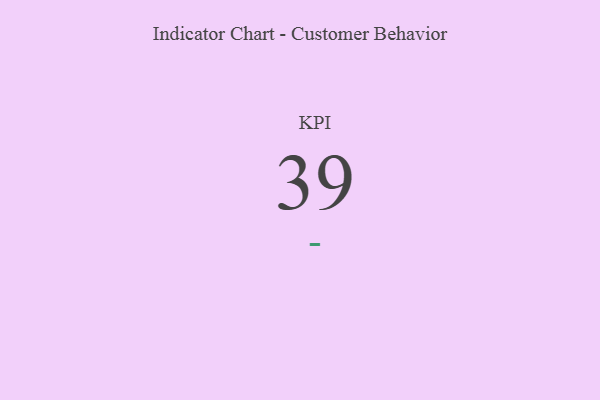
{"axis": {"x": "KPI", "y": "Value"}, "legend": [""], "data": [{"x": "KPI", "y": 39, "type": ""}]}